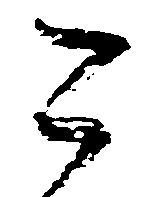
こ